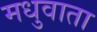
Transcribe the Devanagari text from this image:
मधुवाता